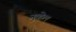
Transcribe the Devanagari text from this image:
नुव्हेल